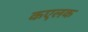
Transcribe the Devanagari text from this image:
कएलक